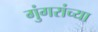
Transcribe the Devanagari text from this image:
गुंगरांच्या